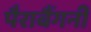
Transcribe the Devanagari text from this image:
पैराबैंगनी